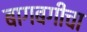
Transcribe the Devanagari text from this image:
बागबगीचा